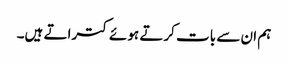
ہم ان سے بات کرتے ہوئے کتراتے ہیں۔